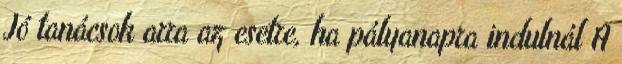
Jó tanácsok arra az esetre, ha pályanapra indulnál A